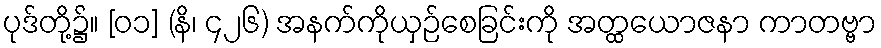
ပုဒ်တို့၌။ [၀၁] (နိ၊ ၄၂၆) အနက်ကိုယှဉ်စေခြင်းကို အတ္ထယောဇနာ ကာတဗ္ဗာ